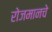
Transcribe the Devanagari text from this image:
रोजमानचे